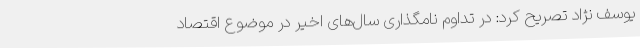
یوسف نژاد تصریح کرد: در تداوم نامگذاری سال‌های اخیر در موضوع اقتصاد